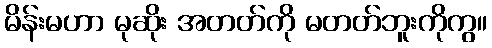
မိန်းမဟာ မုဆိုး အတတ်ကို မတတ်ဘူးကိုကွ။